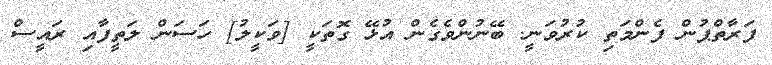
ފަރާތްޕުން ފެންމަތި ކުރުވަނީ. ބޭނުންވެގެން އުޅޭ ގޮތަކީ [ވަކީލު] ހަސަން ލަތީފާއި ރައީސް